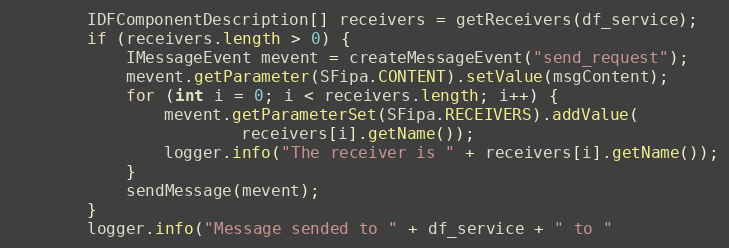
Language: Java
        IDFComponentDescription[] receivers = getReceivers(df_service);
        if (receivers.length > 0) {
            IMessageEvent mevent = createMessageEvent("send_request");
            mevent.getParameter(SFipa.CONTENT).setValue(msgContent);
            for (int i = 0; i < receivers.length; i++) {
                mevent.getParameterSet(SFipa.RECEIVERS).addValue(
                        receivers[i].getName());
                logger.info("The receiver is " + receivers[i].getName());
            }
            sendMessage(mevent);
        }
        logger.info("Message sended to " + df_service + " to "